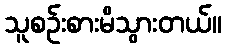
သူစဉ်းစားမိသွားတယ်။